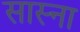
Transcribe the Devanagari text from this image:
सास्ना